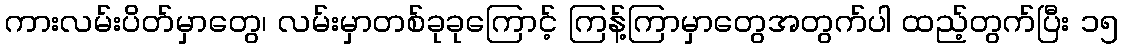
ကားလမ်းပိတ်မှာတွေ၊ လမ်းမှာတစ်ခုခုကြောင့် ကြန့်ကြာမှာတွေအတွက်ပါ ထည့်တွက်ပြီး ၁၅